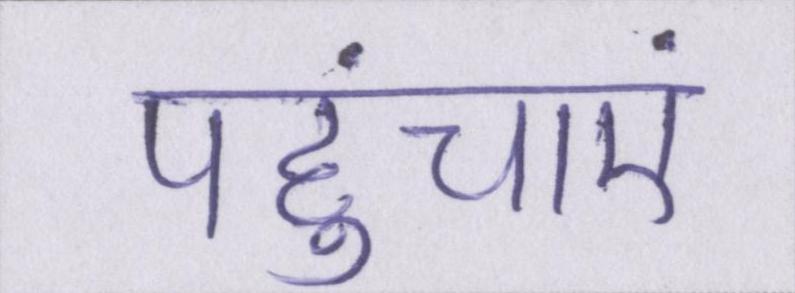
पहुंचाएं